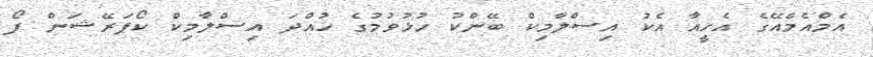
އެމްއެމްއޭގެ އެހީއާ އެކު އިސްލާމިކް ބޭންކު ހުޅުވުމުގެ ހުއްދަ އިސްލާމިކް ކޯޕަރޭޝަން ފޯ